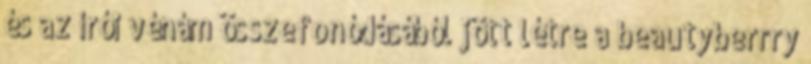
és az írói vénám összefonódásából jött létre a beautyberrry